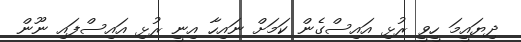
ދިޔައީމަ ހީވީ ރުޅި އައިސްގެން ކަމަށް ނައިހާ އިނީ ރުޅި އައިސްފައި ނޫން